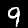
Digit: 9